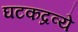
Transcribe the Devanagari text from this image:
घटकद्रव्ये